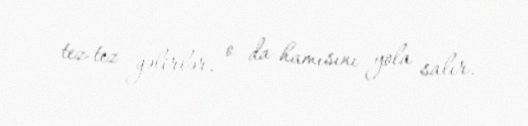
tez-tez gəlirlər, o da hamısını yola salır.